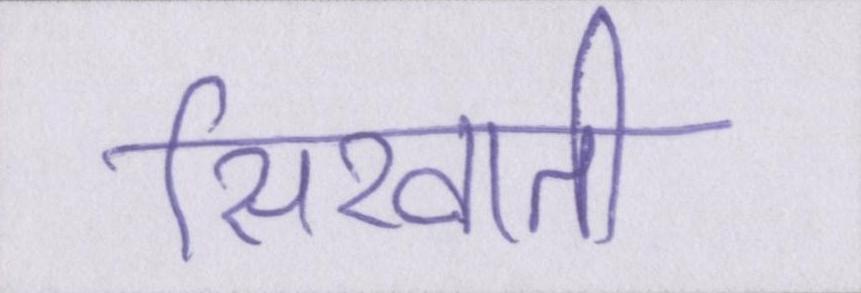
सिखाती